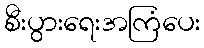
စီးပွားရေးအကြံပေး